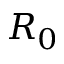
R _ { 0 }